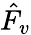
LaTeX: \hat{F}_{v}